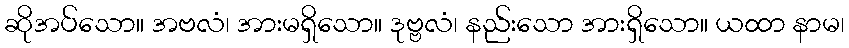
ဆိုအပ်သော။ အဗလံ၊ အားမရှိသော။ ဒုဗ္ဗလံ၊ နည်းသော အားရှိသော။ ယထာ နာမ၊